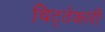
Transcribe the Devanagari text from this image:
चिट्ठेकारी